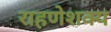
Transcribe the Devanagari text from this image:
राहणेशक्य